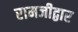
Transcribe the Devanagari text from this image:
रामजीद्वार